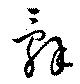
辞